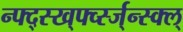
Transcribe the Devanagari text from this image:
न्फ्द्स्ख्र्फ्व्स्ज्न्स्क्ल्